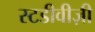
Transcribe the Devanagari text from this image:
स्टडीवीज़ी